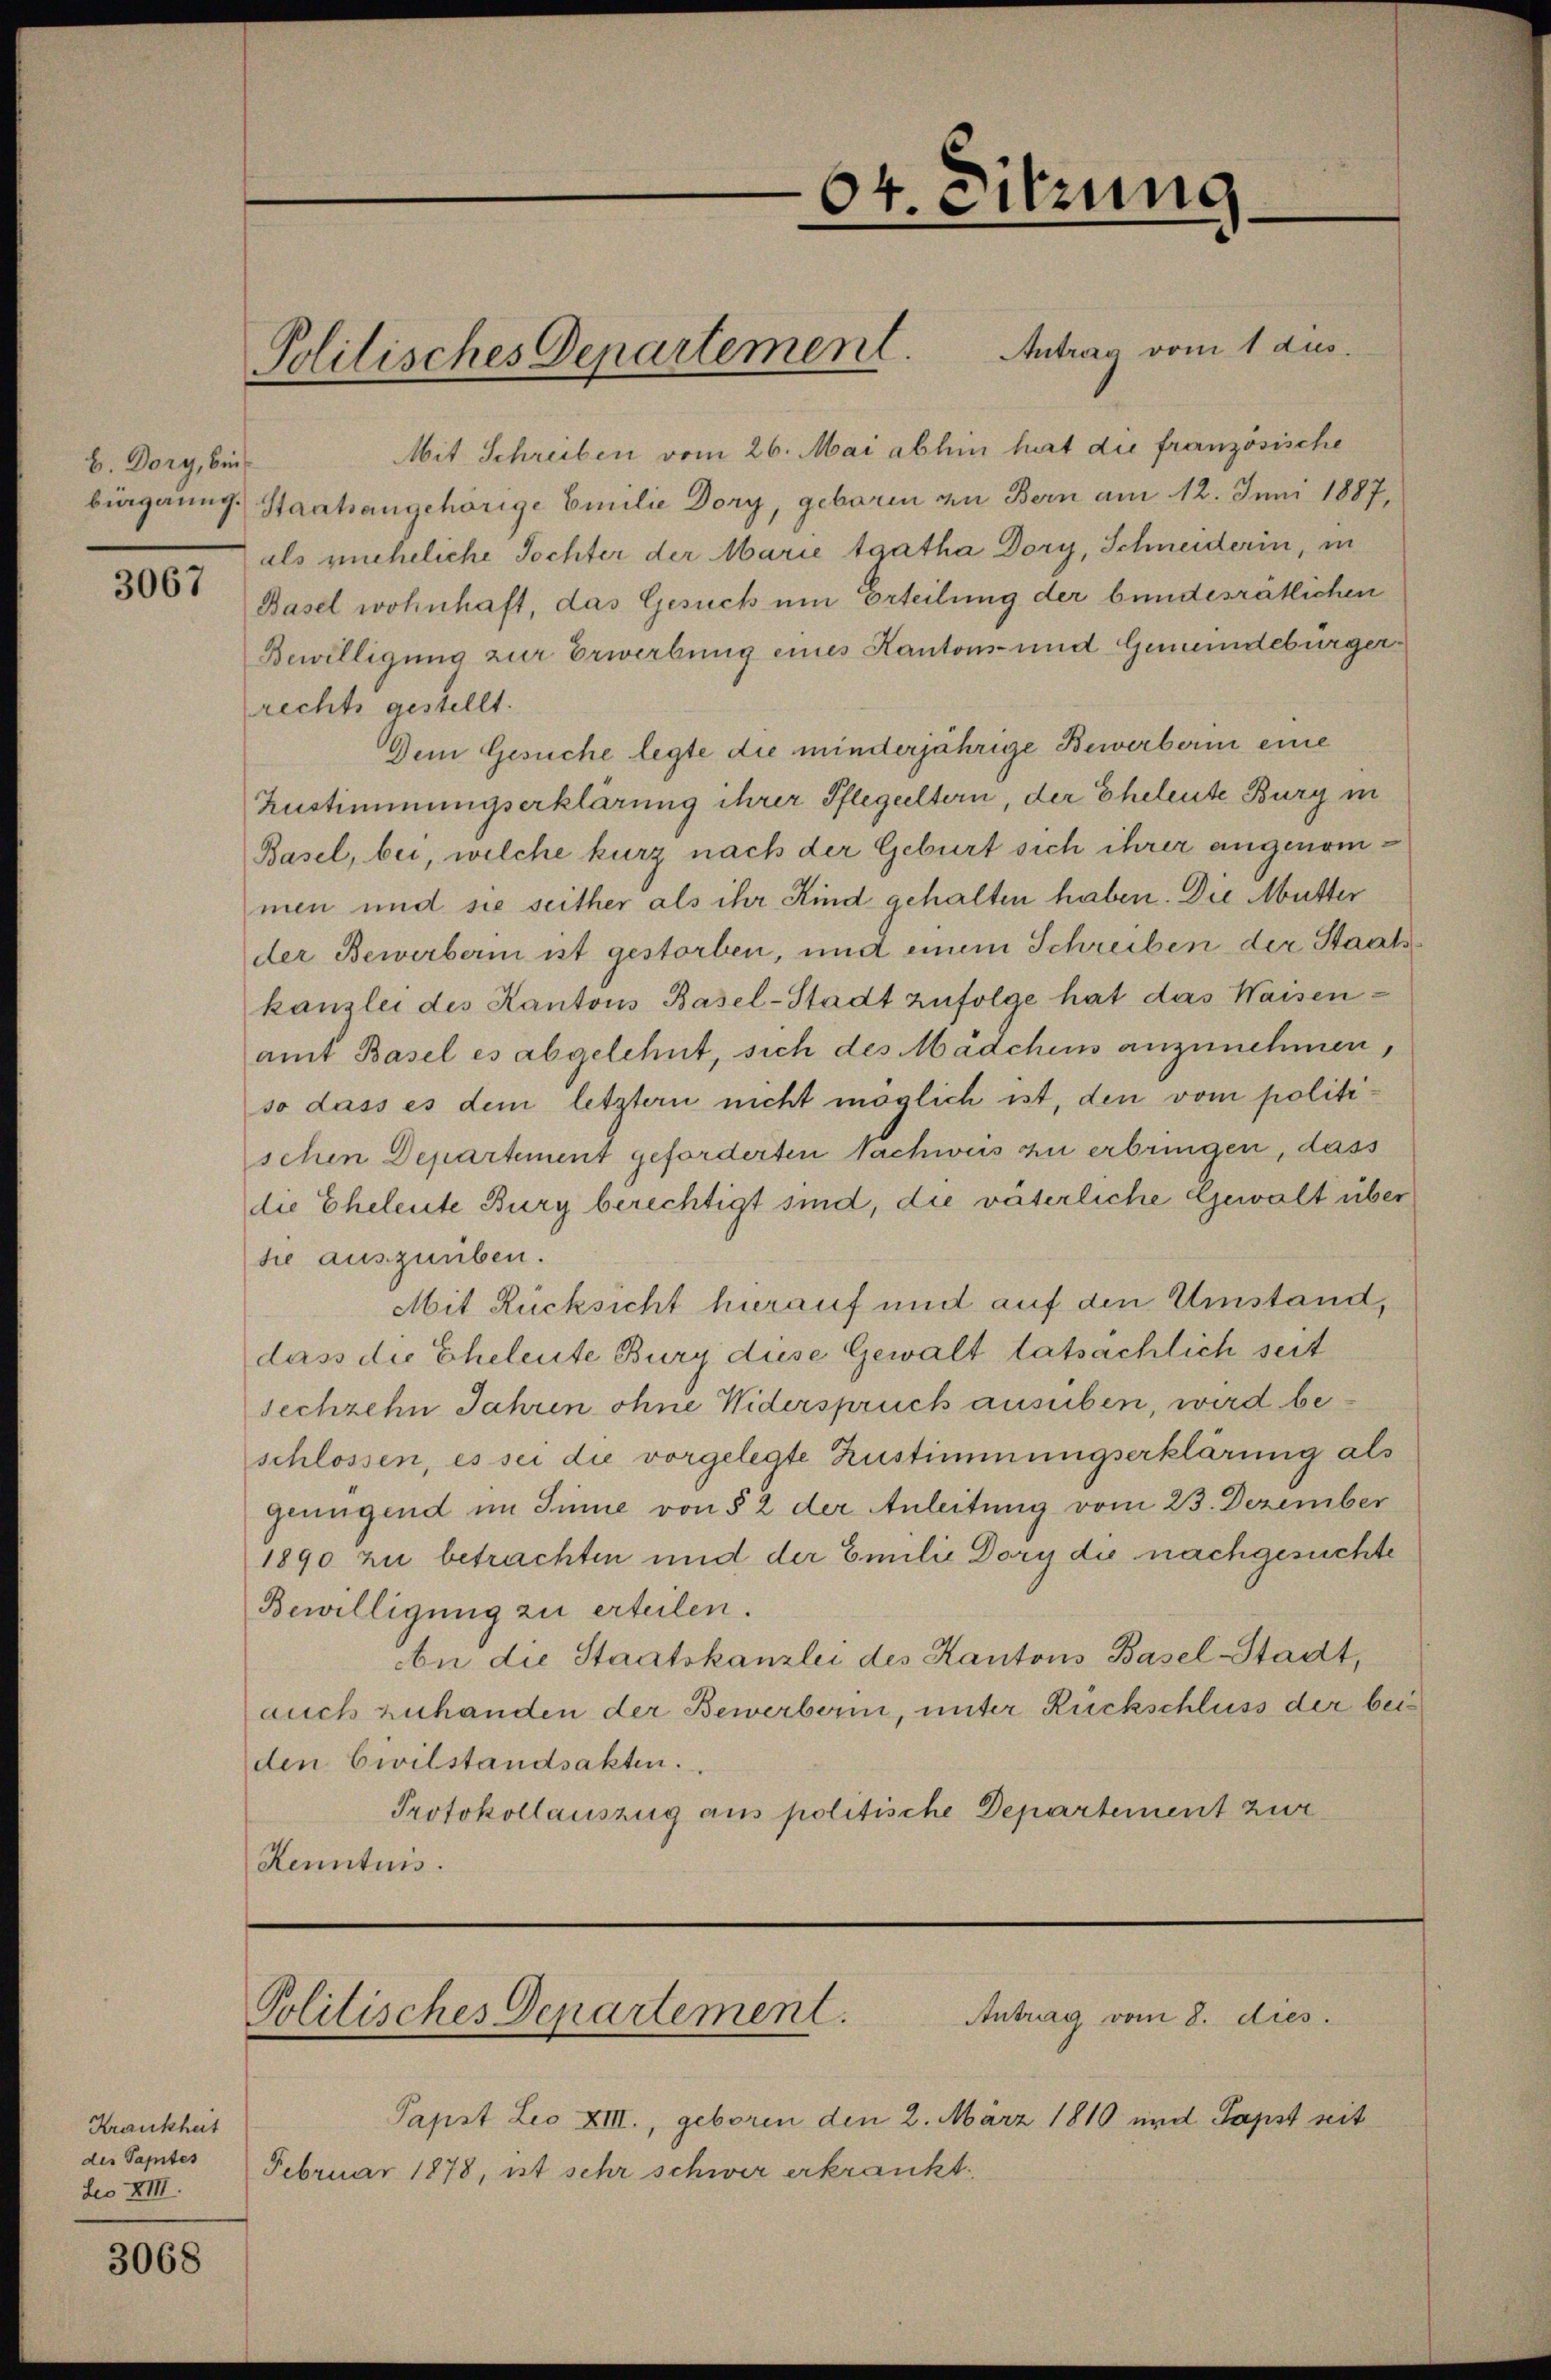
b. Dory, bin

3067

Krankheit
des Papstes
deo XIII.

3068

Mit Schreiben vom 26. Mai abhin hat die französische
bürgerung Staatsangehörige Emilie Dory, geboren zu Bern am 12. Juni 1887,
als uneheliche Tochter der Marie tgatha Dory, Schneiderin, in
Basel wohnhaft, das Gesuch um Erteilung der bundesrätlichen
Bewilligung zur Erwerbung eines Kantons- und Gemeindebürgerrechts gestellt.
Dem Gesuche legte die minderjährige Bewerberin eine
Zustimmungserklärung ihrer Pflegeeltern, der Eheleute Burg in
Basel, bei, welche kurz nach der Geburt sich ihrer angenommen und sie seither als ihr Kind gehalten haben. Die Mutter
der Bewerberin ist gestorben, und einem Schreiben der Staats
kanzlei des Kantons Basel-Stadt zufolge hat das Waisenamt Basel es abgelehnt, sich des Mädchens anzunehmen,
so dass es dem letztern nicht möglich ist, den vom politischen Departement geforderten Nachweis zu erbringen, dass
die Eheleute Burg berechtigt sind, die väterliche Gewalt über
sie auszuüben.
Mit Rücksicht hierauf und auf den Umstand,
dass die Eheleute Burg diese Gewalt tatsächlich seit
sechzehn Jahren ohne Widerspruch ausüben, wird beschlossen, es sei die vorgelegte Zustimmungserklärung als
genügend im Sinne von § 2 der Anleitung vom 23. Dezember
1890 zu betrachten und der Emilie Dory die nachgesuchte
Bewilligung zu erteilen.
bn die Staatskanzlei des Kantons Basel-Stadt,
auch zuhanden der Bewerberin, unter Rückschluss der bei
den Civilstandsakten.
Protokollauszug aus politische Departement zur
Kenntnis.

Politisches Departement. Antrag vom 1 aus.

64. Sitzung

Antrag vom 8. dies
Politisches Departement.

Papst Leo XIII., geboren den 2. März 1810 und Papst seit
Februar 1878, ist sehr schwer erkrankt.